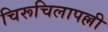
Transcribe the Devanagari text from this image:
चिरूचिलापल्ली